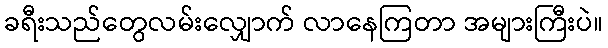
ခရီးသည်တွေလမ်းလျှောက် လာနေကြတာ အများကြီးပဲ။